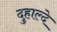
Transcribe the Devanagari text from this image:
दुहाल्दे